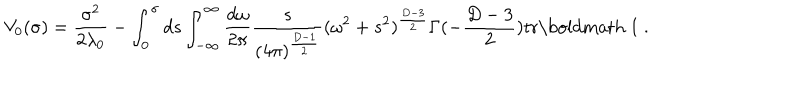
V _ { 0 } ( \sigma ) = \frac { \sigma ^ { 2 } } { 2 \lambda _ { 0 } } - \int _ { 0 } ^ { \sigma } d s \int _ { - \infty } ^ { \infty } \frac { d \omega } { 2 \pi } \frac { s } { ( 4 \pi ) ^ { \frac { D - 1 } { 2 } } } ( \omega ^ { 2 } + s ^ { 2 } ) ^ { \frac { D - 3 } { 2 } } \Gamma ( - \frac { D - 3 } { 2 } ) \mathrm { t r } \mathrm { \boldmath ~ 1 ~ } .